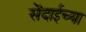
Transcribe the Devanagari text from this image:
सेंदाईच्या